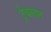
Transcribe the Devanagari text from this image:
ट्रेथलान